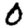
Digit: 0